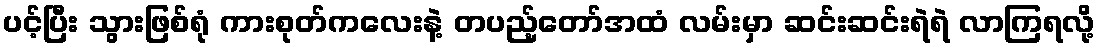
ပင့်ပြီး သွားဖြစ်ရုံ ကားစုတ်ကလေးနဲ့ တပည့်တော်အထံ လမ်းမှာ ဆင်းဆင်းရဲရဲ လာကြရလို့